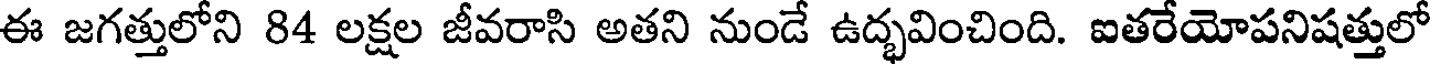
ఈ జగత్తులోని 84 లక్షల జీవరాసి అతని నుండే ఉద్భవించింది. ఐతరేయోపనిషత్తులో